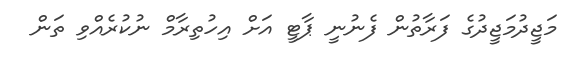
މަޖީދުމަޖީދުގެ ފަރާތުން ފެނުނީ ޕާޓީ އަށް އިހުތިރާމް ނުކުރެއްވި ތަން